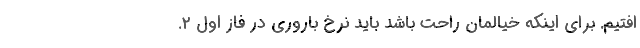
‌افتیم. برای اینکه خیالمان راحت باشد باید نرخ باروری در فاز اول ۲.